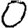
Digit: 0